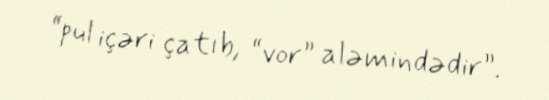
“pul içəri çatıb, “vor” aləmindədir”.